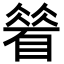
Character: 䁞